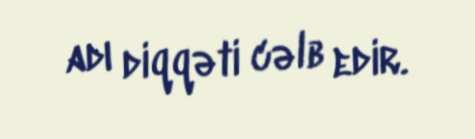
adı diqqəti cəlb edir.